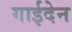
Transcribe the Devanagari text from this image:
गाईदेन